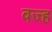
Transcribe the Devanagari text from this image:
वज्ह